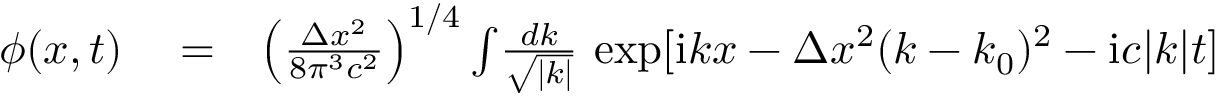
\begin{array} { r l r } { \phi ( x , t ) } & { { } = } & { \left( \frac { \Delta x ^ { 2 } } { 8 \pi ^ { 3 } c ^ { 2 } } \right) ^ { 1 / 4 } \int \! \frac { d k } { \sqrt { | k | } } \, \exp [ \mathrm { i } k x - \Delta x ^ { 2 } ( k - k _ { 0 } ) ^ { 2 } - \mathrm { i } c | k | t ] } \end{array}